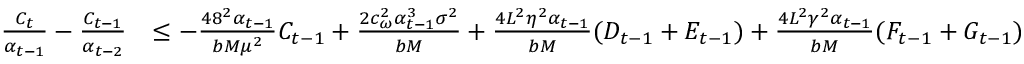
\begin{array} { r l } { \frac { C _ { t } } { \alpha _ { t - 1 } } - \frac { C _ { t - 1 } } { \alpha _ { t - 2 } } } & { \leq - \frac { 4 8 ^ { 2 } \alpha _ { t - 1 } } { b M \mu ^ { 2 } } C _ { t - 1 } + \frac { 2 c _ { \omega } ^ { 2 } \alpha _ { t - 1 } ^ { 3 } \sigma ^ { 2 } } { b M } + \frac { 4 L ^ { 2 } \eta ^ { 2 } \alpha _ { t - 1 } } { b M } ( D _ { t - 1 } + E _ { t - 1 } ) + \frac { 4 L ^ { 2 } \gamma ^ { 2 } \alpha _ { t - 1 } } { b M } ( F _ { t - 1 } + G _ { t - 1 } ) } \end{array}